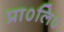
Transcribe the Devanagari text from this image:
प्रा०लि०